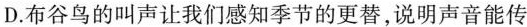
D.布谷鸟的叫声让我们感知季节的更替，说明声音能传